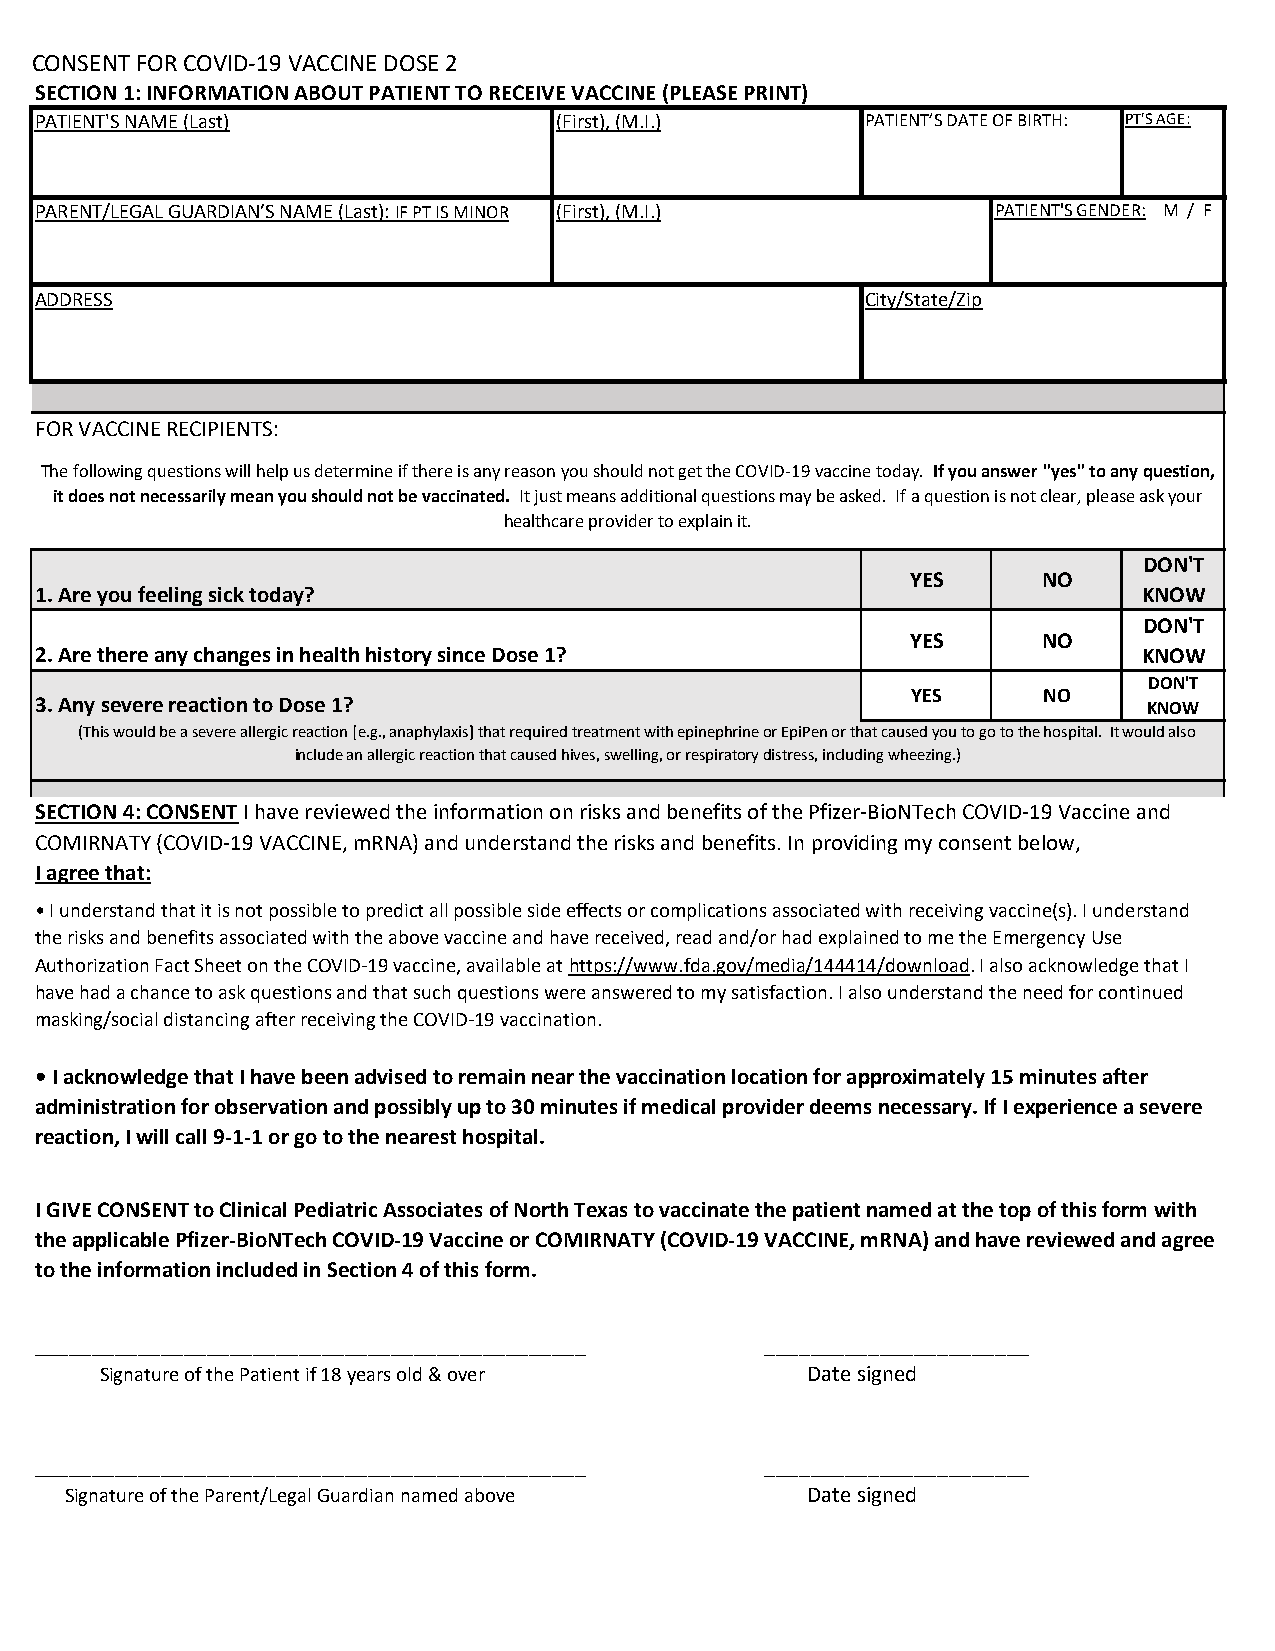
CONSENT FOR COVID-19 VACCINE DOSE 2
 SECTION 1: INFORMATION ABOUT PATIENT TO RECEIVE VACCINE (PLEASE PRINT)
 PATIENT'S NAME (Last)              (First), (M.I.)     PATIENT’S DATE OF BIRTH: PT'S AGE:
 PARENT/LEGAL GUARDIAN’S NAME (Last): IF PT IS MINOR (First), (M.I.) PATIENT'S GENDER: M / F
 ADDRESS                                                City/State/Zip
 FOR VACCINE RECIPIENTS:
 The following questions will help us determine if there is any reason you should not get the COVID-19 vaccine today. If you answer "yes" to any question,
 it does not necessarily mean you should not be vaccinated. It just means additional questions may be asked. If a question is not clear, please ask your
 healthcare provider to explain it.
 DON'T
 YES      NO
 1. Are you feeling sick today?                                            KNOW
 DON'T
 YES      NO
 2. Are there any changes in health history since Dose 1?                  KNOW
 DON'T
 YES      NO
 3. Any severe reaction to Dose 1?                                         KNOW
 (This would be a severe allergic reaction [e.g., anaphylaxis] that required treatment with epinephrine or EpiPen or that caused you to go to the hospital. It would also
 include an allergic reaction that caused hives, swelling, or respiratory distress, including wheezing.)
 SECTION 4: CONSENT I have reviewed the information on risks and benefits of the Pfizer-BioNTech COVID-19 Vaccine and
 COMIRNATY (COVID-19 VACCINE, mRNA) and understand the risks and benefits. In providing my consent below,
 I agree that:
 • I understand that it is not possible to predict all possible side effects or complications associated with receiving vaccine(s). I understand
 the risks and benefits associated with the above vaccine and have received, read and/or had explained to me the Emergency Use
 Authorization Fact Sheet on the COVID-19 vaccine, available at https://www.fda.gov/media/144414/download. I also acknowledge that I
 have had a chance to ask questions and that such questions were answered to my satisfaction. I also understand the need for continued
 masking/social distancing after receiving the COVID-19 vaccination.
 • I acknowledge that I have been advised to remain near the vaccination location for approximately 15 minutes after
 administration for observation and possibly up to 30 minutes if medical provider deems necessary. If I experience a severe
 reaction, I will call 9-1-1 or go to the nearest hospital.
 I GIVE CONSENT to Clinical Pediatric Associates of North Texas to vaccinate the patient named at the top of this form with
 the applicable Pfizer-BioNTech COVID-19 Vaccine or COMIRNATY (COVID-19 VACCINE, mRNA) and have reviewed and agree
 to the information included in Section 4 of this form.
 ________________________________________________ _______________________
 Signature of the Patient if 18 years old & over Date signed
 ________________________________________________ _______________________
 Signature of the Parent/Legal Guardian named above Date signed